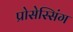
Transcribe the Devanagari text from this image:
प्रोसेस्सिंग